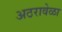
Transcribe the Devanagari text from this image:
अठरावेळा